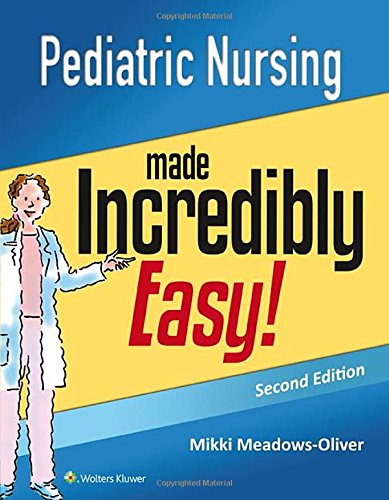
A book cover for Pediatric Nursing Made Incredibly Easy (Incredibly Easy! SeriesÂ®); Lippincott  Williams & Wilkins; Medical Books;